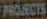
PROJECTS